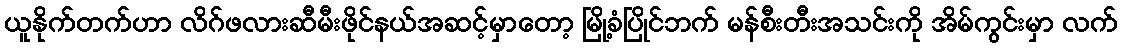
ယူနိုက်တက်ဟာ လိဂ်ဖလားဆီမီးဖိုင်နယ်အဆင့်မှာတော့ မြို့ခံပြိုင်ဘက် မန်စီးတီးအသင်းကို အိမ်ကွင်းမှာ လက်